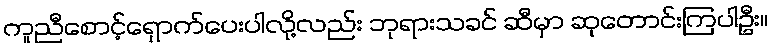
ကူညီစောင့်ရှောက်ပေးပါလို့လည်း ဘုရားသခင် ဆီမှာ ဆုတောင်းကြပါဦး။